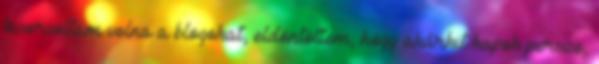
kisorsoltam volna a blogokat, eldöntöttem, hogy akárkit kapok persze,